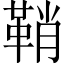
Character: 鞘